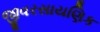
જીવરસાયણિક